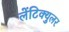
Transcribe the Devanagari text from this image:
लेंटिक्युलर